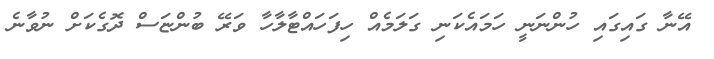
އޭނާ ގައިގައި ހުންނަނީ ހަަމައެކަނި ގަލަމެއް ހިފަހައްޓާލާހާ ވަރޭ ބުންޏަސް ދޮގެކަށް ނުވާނެ